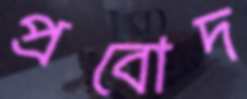
প্রবোদ